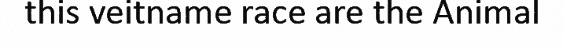
this veitname race are the Animal